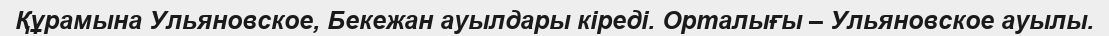
Құрамына Ульяновское, Бекежан ауылдары кіреді. Орталығы – Ульяновское ауылы.